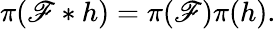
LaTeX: \pi(\mathscr{F}*h)=\pi(\mathscr{F})\pi(h).